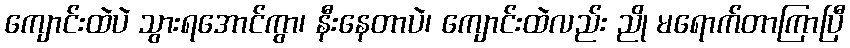
ကျောင်းထဲပဲ သွားရအောင်ကွာ၊ နီးနေတာပဲ၊ ကျောင်းထဲလည်း ညို မရောက်တာကြာပြီ